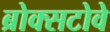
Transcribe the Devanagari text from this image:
ब्रोक्सटोवे